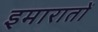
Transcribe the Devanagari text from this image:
इमारातों